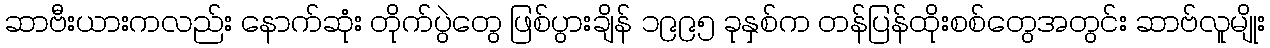
ဆာဗီးယားကလည်း နောက်ဆုံး တိုက်ပွဲတွေ ဖြစ်ပွားချိန် ၁၉၉၅ ခုနှစ်က တန်ပြန်ထိုးစစ်တွေအတွင်း ဆာဗ်လူမျိုး